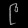
Digit: ၉